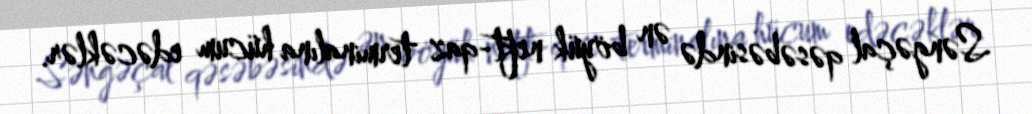
Səngəçal qəsəbəsində ən böyük neft-qaz terminalına hücum edəcəklər.